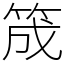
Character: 筬